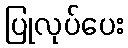
ပြုလုပ်ပေး